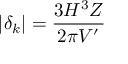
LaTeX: | \delta _ { k } | = \frac { 3 H ^ { 3 } Z } { 2 \pi V ^ { \prime } }